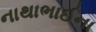
નાથાભાઈના